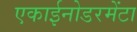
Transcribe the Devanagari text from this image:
एकाईनोडरमेंटा